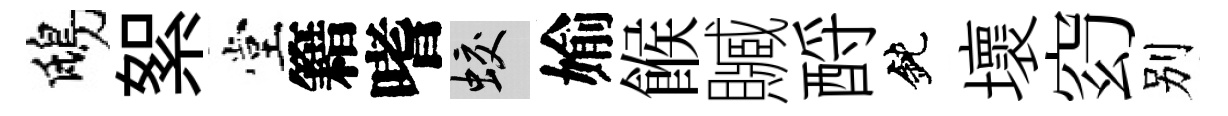
鴟絮堂籍嗜蛟媮餱贓酹鈍壞𥥆别